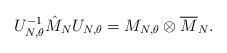
LaTeX: \begin{align*}U_{N,\theta}^{-1}\hat{M}_NU_{N, \theta}=M_{N, \theta}\otimes \overline{M}_N.\end{align*}